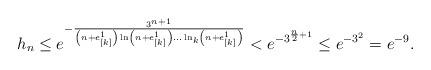
LaTeX: \begin{align*}h_n\le e^{-\frac{3^{n+1}}{\left(n+e_{[k]}^1\right)\ln \left(n+e_{[k]}^1\right)\dots \ln_k \left(n+e_{[k]}^1\right)}}<e^{-3^{\frac n2+1}}\le e^{-3^{2}}=e^{-9}.\end{align*}